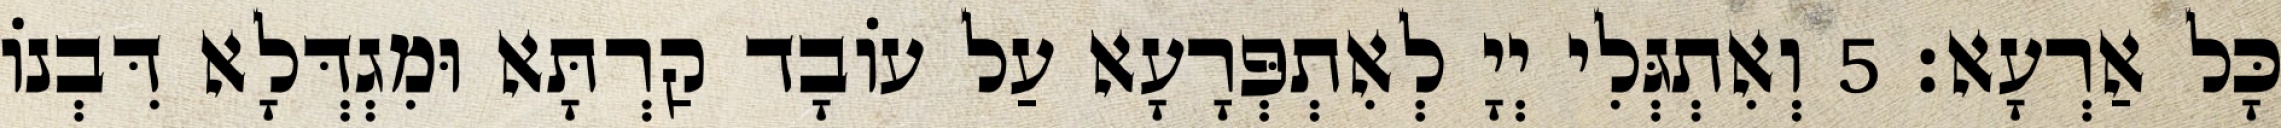
כָּל אַרְעָא׃ 5 וְאִתְגְּלִי יְיָ לְאִתְפְּרָעָא עַל עוֹבָד קַרְתָּא וּמִגְדְּלָא דִּבְנוֹ